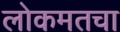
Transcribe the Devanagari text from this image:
लोकमतचा